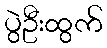
ပွဲဦးထွက်